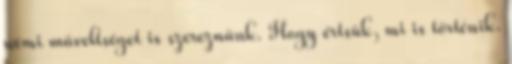
némi műveltséget is szereznünk. Hogy értsük, mi is történik.